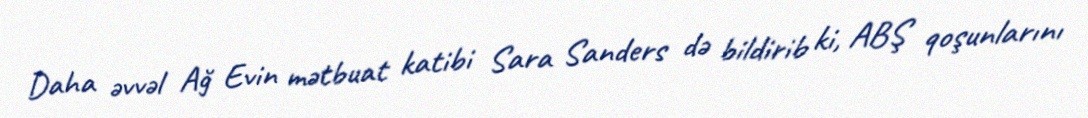
Daha əvvəl Ağ Evin mətbuat katibi Sara Sanders də bildirib ki, ABŞ qoşunlarını